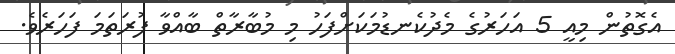
އެގޮތުން މިއީ 5 އަހަރުގެ މެދުކެނޑުމަކަށްފަހު މި މުބާރާތް ބާއްވާ ފުރަތަމަ ފަހަރެވެ.